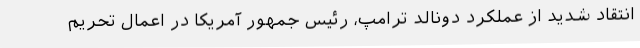
انتقاد شدید از عملکرد دونالد ترامپ، رئیس جمهور آمریکا در اعمال تحریم